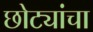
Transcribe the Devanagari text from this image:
छोट्यांचा